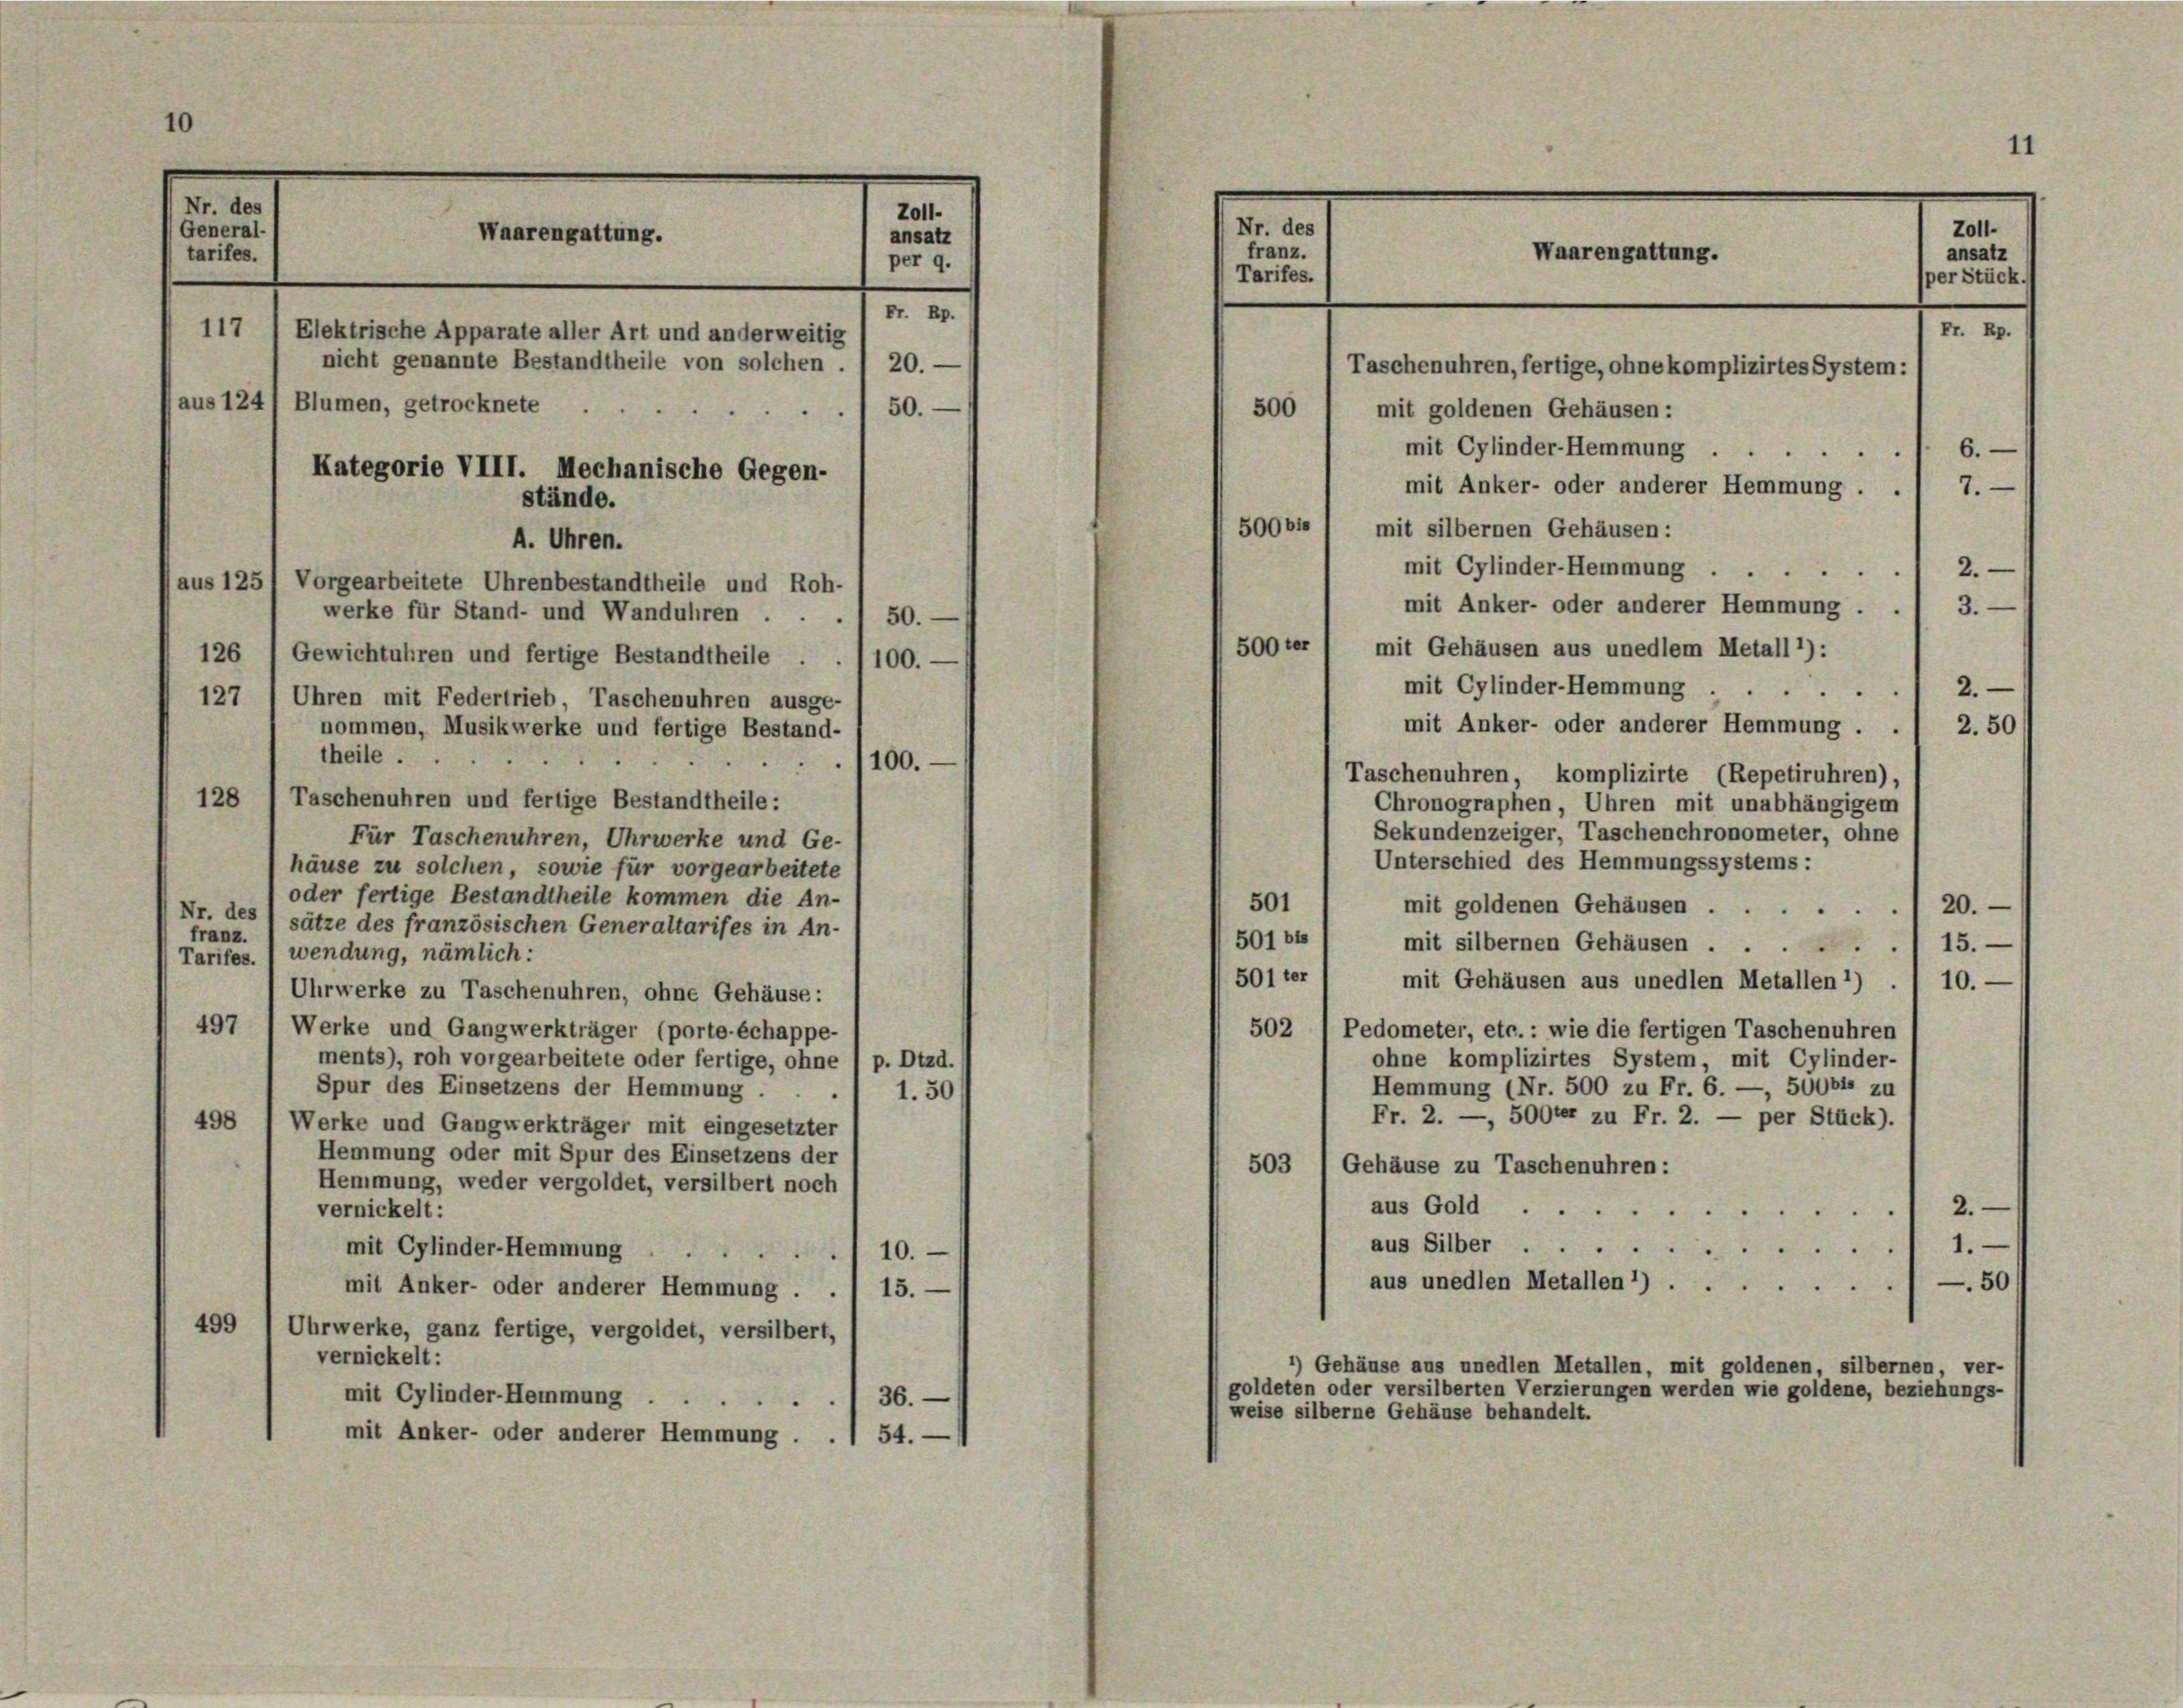
Nr. des
Waarengattung.
117 1 Elektrische Apparate aller Art und anderweitig
nicht genannte Bestandtheile von solchen . 1 20. —
aus 1241 Blumen, getrocknete
Kategorie VIII. Mechanische Gegen-
stände.
4. Uhren.

aus 125

General-
tarifes.

2.
.
Vorgearbeitete Uhrenbestandtheile und Roh-
mit Anker- oder anderer Hemmung .
3.
werke für Stand- und Wanduhren .
500ter ) mit Gehäusen aus unedlem Metall1):
126 ) Gewichtuhren und fertige Bestandtheile . . 100.-
mit Cylinder-Hemmung.
2.
127 / Uhren mit Federtrieb Taschenuhren ausge-
mit Anker- oder anderer Hemmung . . / 2. 50
nommen, Musikwerke und fertige Bestand-
theile.
Taschenuhren, komplizirte (Repetiruhren),
128 / Taschenuhren und fertige Bestandtheile:
Chronographen, Uhren mit unabhängigem
Sekundenzeiger, Taschenchronometer, ohne
Für Taschenuhren, Uhrwerke und Ge-
Unterschied des Hemmungssystems :
häuse zu solchen, sowie für vorgearbeitete
oder fertige Bestandtheile kommen die An-
501
mit goldenen Gehäusen 20.
Nr. des
sätze des französischen Generaltarifes in An-
franz.
501 bis
15.
mit silbernen Gehäusen ....
Tarifes. 1 wendung, nämlich:
501 ter
mit Gehäusen aus unedlen Metallen 1) . / 10. —
Uhrwerke zu Taschenuhren, ohne Gehäuse:
497
Werke und Gangwerkträger (porte échappe-
502 l Pedometer, etc.: wie die fertigen Taschenuhren
ohne komplizirtes System, mit Cylinder-
ments), roh vorgearbeitete oder fertige, ohne (p. Dtzd.
Spur des Einsetzens der Hemmung.
Hemmung (Nr. 500 zu Fr. 6. —, 50004 zu
1.50
Fr. 2. —, 500ter zu Fr. 2. — per Stück).
498 / Werke und Gangwerkträger mit eingesetzter
Hemmung oder mit Spur des Einsetzens der
503 , Gehäuse zu Taschenuhren:
Hemmung, weder vergoldet, versilbert noch
aus Gold
vernickelt:
2.
aus Silber .
1.
mit Cylinder-Hemmung
10.
aus unedlen Metallen *) — 50
mit Anker- oder anderer Hemmung . . . 15.
499 1 Uhrwerke, ganz fertige, vergoldet, versilbert,
vernickelt:
*) Gehäuse aus unedlen Metallen, mit goldenen, silbernen, ver-
goldeten oder versilberten Verzierungen werden wie goldene, beziehungs-
mit Cylinder-Hemmung .
36.
weise silberne Gehäuse behandelt.
mit Anker- oder anderer Hemmung . . 1 54. —

Z011.
ansatz
per 9.
Pr. Br.
50.

150.

/100.

11
Waarengattung.
Fr. Rp.
Taschenuhren, fertige, ohne komplizirtes System:
500
mit goldenen Gehäusen:
mit Cylinder-Hemmung .
 6.
mit Anker- oder anderer Hemmung . . 1 7. —
509 bis 1 mit silbernen Gehäusen:

Nr. des
franz.
Tarifes.

mit Cylinder-Hemmung

Zolt.
ansatz
sper Stück